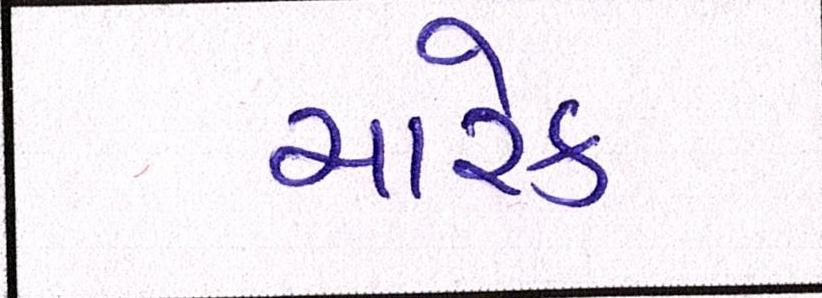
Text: ચારેક